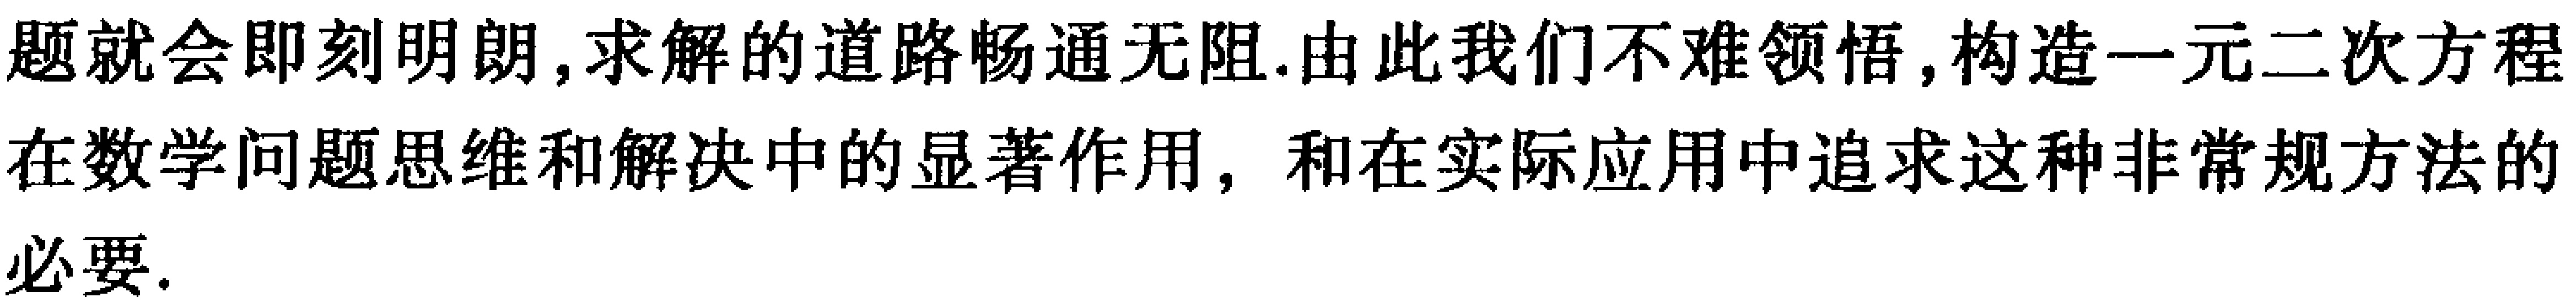
题就会即刻明朗,求解的道路畅通无阻.由此我们不难领悟,构造一元二次方程
在数学问题思维和解决中的显著作用, 和在实际应用中追求这种非常规方法的
必要.